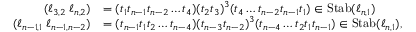
\begin{array} { r l } { ( \ell _ { 3 , 2 } \; \ell _ { n , 2 } ) } & { = ( t _ { 1 } t _ { n - 1 } t _ { n - 2 } \dots t _ { 4 } ) ( t _ { 2 } t _ { 3 } ) ^ { 3 } ( t _ { 4 } \dots t _ { n - 2 } t _ { n - 1 } t _ { 1 } ) \in { \operatorname { S t a b } } ( \ell _ { n , 1 } ) } \\ { ( \ell _ { n - 1 , 1 } \; \ell _ { n - 1 , n - 2 } ) } & { = ( t _ { n - 1 } t _ { 1 } t _ { 2 } \dots t _ { n - 4 } ) ( t _ { n - 3 } t _ { n - 2 } ) ^ { 3 } ( t _ { n - 4 } \dots t _ { 2 } t _ { 1 } t _ { n - 1 } ) \in { \operatorname { S t a b } } ( \ell _ { n , 1 } ) , } \end{array}